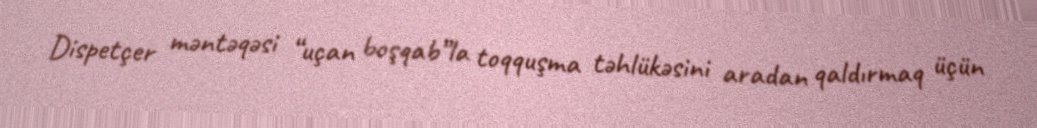
Dispetçer məntəqəsi “uçan boşqab”la toqquşma təhlükəsini aradan qaldırmaq üçün